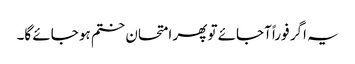
یہ اگر فوراً آجائے تو پھر امتحان ختم ہو جائے گا۔